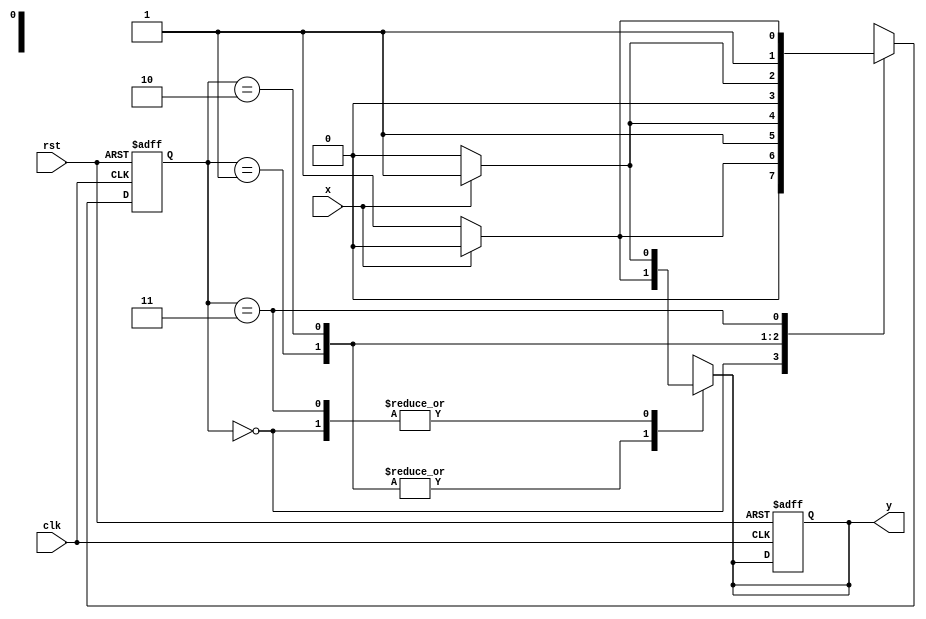
//20L152-SUMITHA R A
module mealy(
    input x,rst,clk,
    output reg y
    );
    reg[1:0] pre_st,nex_st;
	 parameter s0=2'b00; 
	 parameter s1=2'b01;
	 parameter s2=2'b10;
	 parameter s3=2'b11;
	 always@(posedge clk or posedge rst)
	 begin
		 if(rst)
		   begin
		     pre_st=s0;
			  y=1'b0;
		   end
		 else
		     pre_st=nex_st;
	 end
	 
	 always@(pre_st or x)
	 begin
		 case(pre_st)
		   s0: begin if(x==1'b1)begin y=1'b1;nex_st=s0;end
					 else begin y=1'b0;nex_st=s1;end 
             end					 
			s1: begin if(x==1'b1)begin y=1'b0;nex_st=s3;end 
                else begin y=1'b1;nex_st=s2;end
			    end
			s2: begin if(x==1'b1)begin y=1'b0;nex_st=s1;end
                else begin y=1'b1;nex_st=s0; end
				 end
         s3: begin if(x==1'b1)begin y=1'b1;nex_st=s2;end
                else begin y=1'b0;nex_st=s3;end
             end					 
			endcase	 
    end			
endmodule